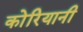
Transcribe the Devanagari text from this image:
कोरियानी